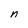
Character: n